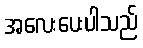
အလေးပေးပါသည်